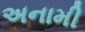
અનામી